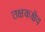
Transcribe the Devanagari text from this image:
तक्षकश्चैव